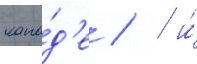
кана́д'е /  и́